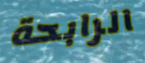
الرابحة